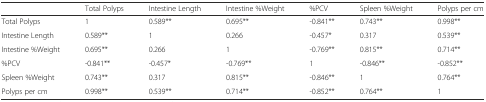
<table><thead><tr><td>[EMPTY_CELL]</td><td><b>Total Polyps</b></td><td><b>Intestine Length</b></td><td><b>Intestine %Weight</b></td><td><b>%PCV</b></td><td><b>Spleen %Weight</b></td><td><b>Polyps per cm</b></td></tr></thead><tbody><tr><td>Total Polyps</td><td>1</td><td>0.589**</td><td>0.695**</td><td>-0.841**</td><td>0.743**</td><td>0.998**</td></tr><tr><td>Intestine Length</td><td>0.589**</td><td>1</td><td>0.266</td><td>-0.457*</td><td>0.317</td><td>0.539**</td></tr><tr><td>Intestine %Weight</td><td>0.695**</td><td>0.266</td><td>1</td><td>-0.769**</td><td>0.815**</td><td>0.714**</td></tr><tr><td>%PCV</td><td>-0.841**</td><td>-0.457*</td><td>-0.769**</td><td>1</td><td>-0.846**</td><td>-0.852**</td></tr><tr><td>Spleen %Weight</td><td>0.743**</td><td>0.317</td><td>0.815**</td><td>-0.846**</td><td>1</td><td>0.764**</td></tr><tr><td>Polyps per cm</td><td>0.998**</td><td>0.539**</td><td>0.714**</td><td>-0.852**</td><td>0.764**</td><td>1</td></tr></tbody></table>